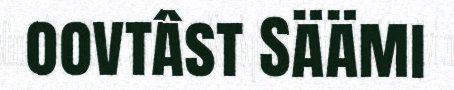
oovtâst Säämi